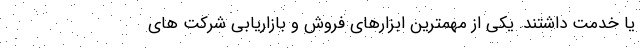
یا خدمت داشتند. یکی از مهمترین ابزارهای فروش و بازاریابی شرکت های